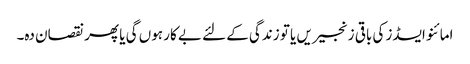
امائنو ایسڈز کی باقی زنجیریں یا تو زندگی کے لئے بے کار ہوں گی یا پھر نقصان دہ۔